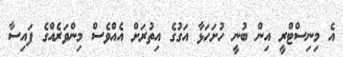
އެ މިނިސްޓްރީ އިން ބުނީ ހުށަހަޅާ އަގުގެ އިތުރަށް އެއްވެސް މިންވަރެއްގެ ފައިސާ